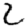
Digit: 2